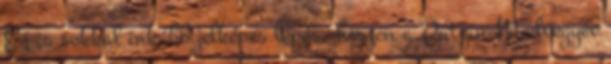
Ez is sokkal inkább jelképes lépés, hiszen a Putyin-Medvegyev